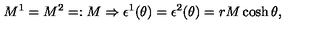
M ^ { 1 } = M ^ { 2 } = : M \Rightarrow \epsilon ^ { 1 } ( \theta ) = \epsilon ^ { 2 } ( \theta ) = r M \cosh \theta ,